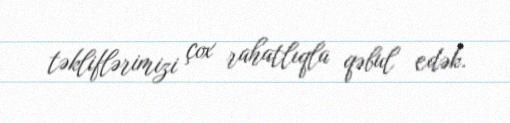
təkliflərimizi çox rahatlıqla qəbul edək.